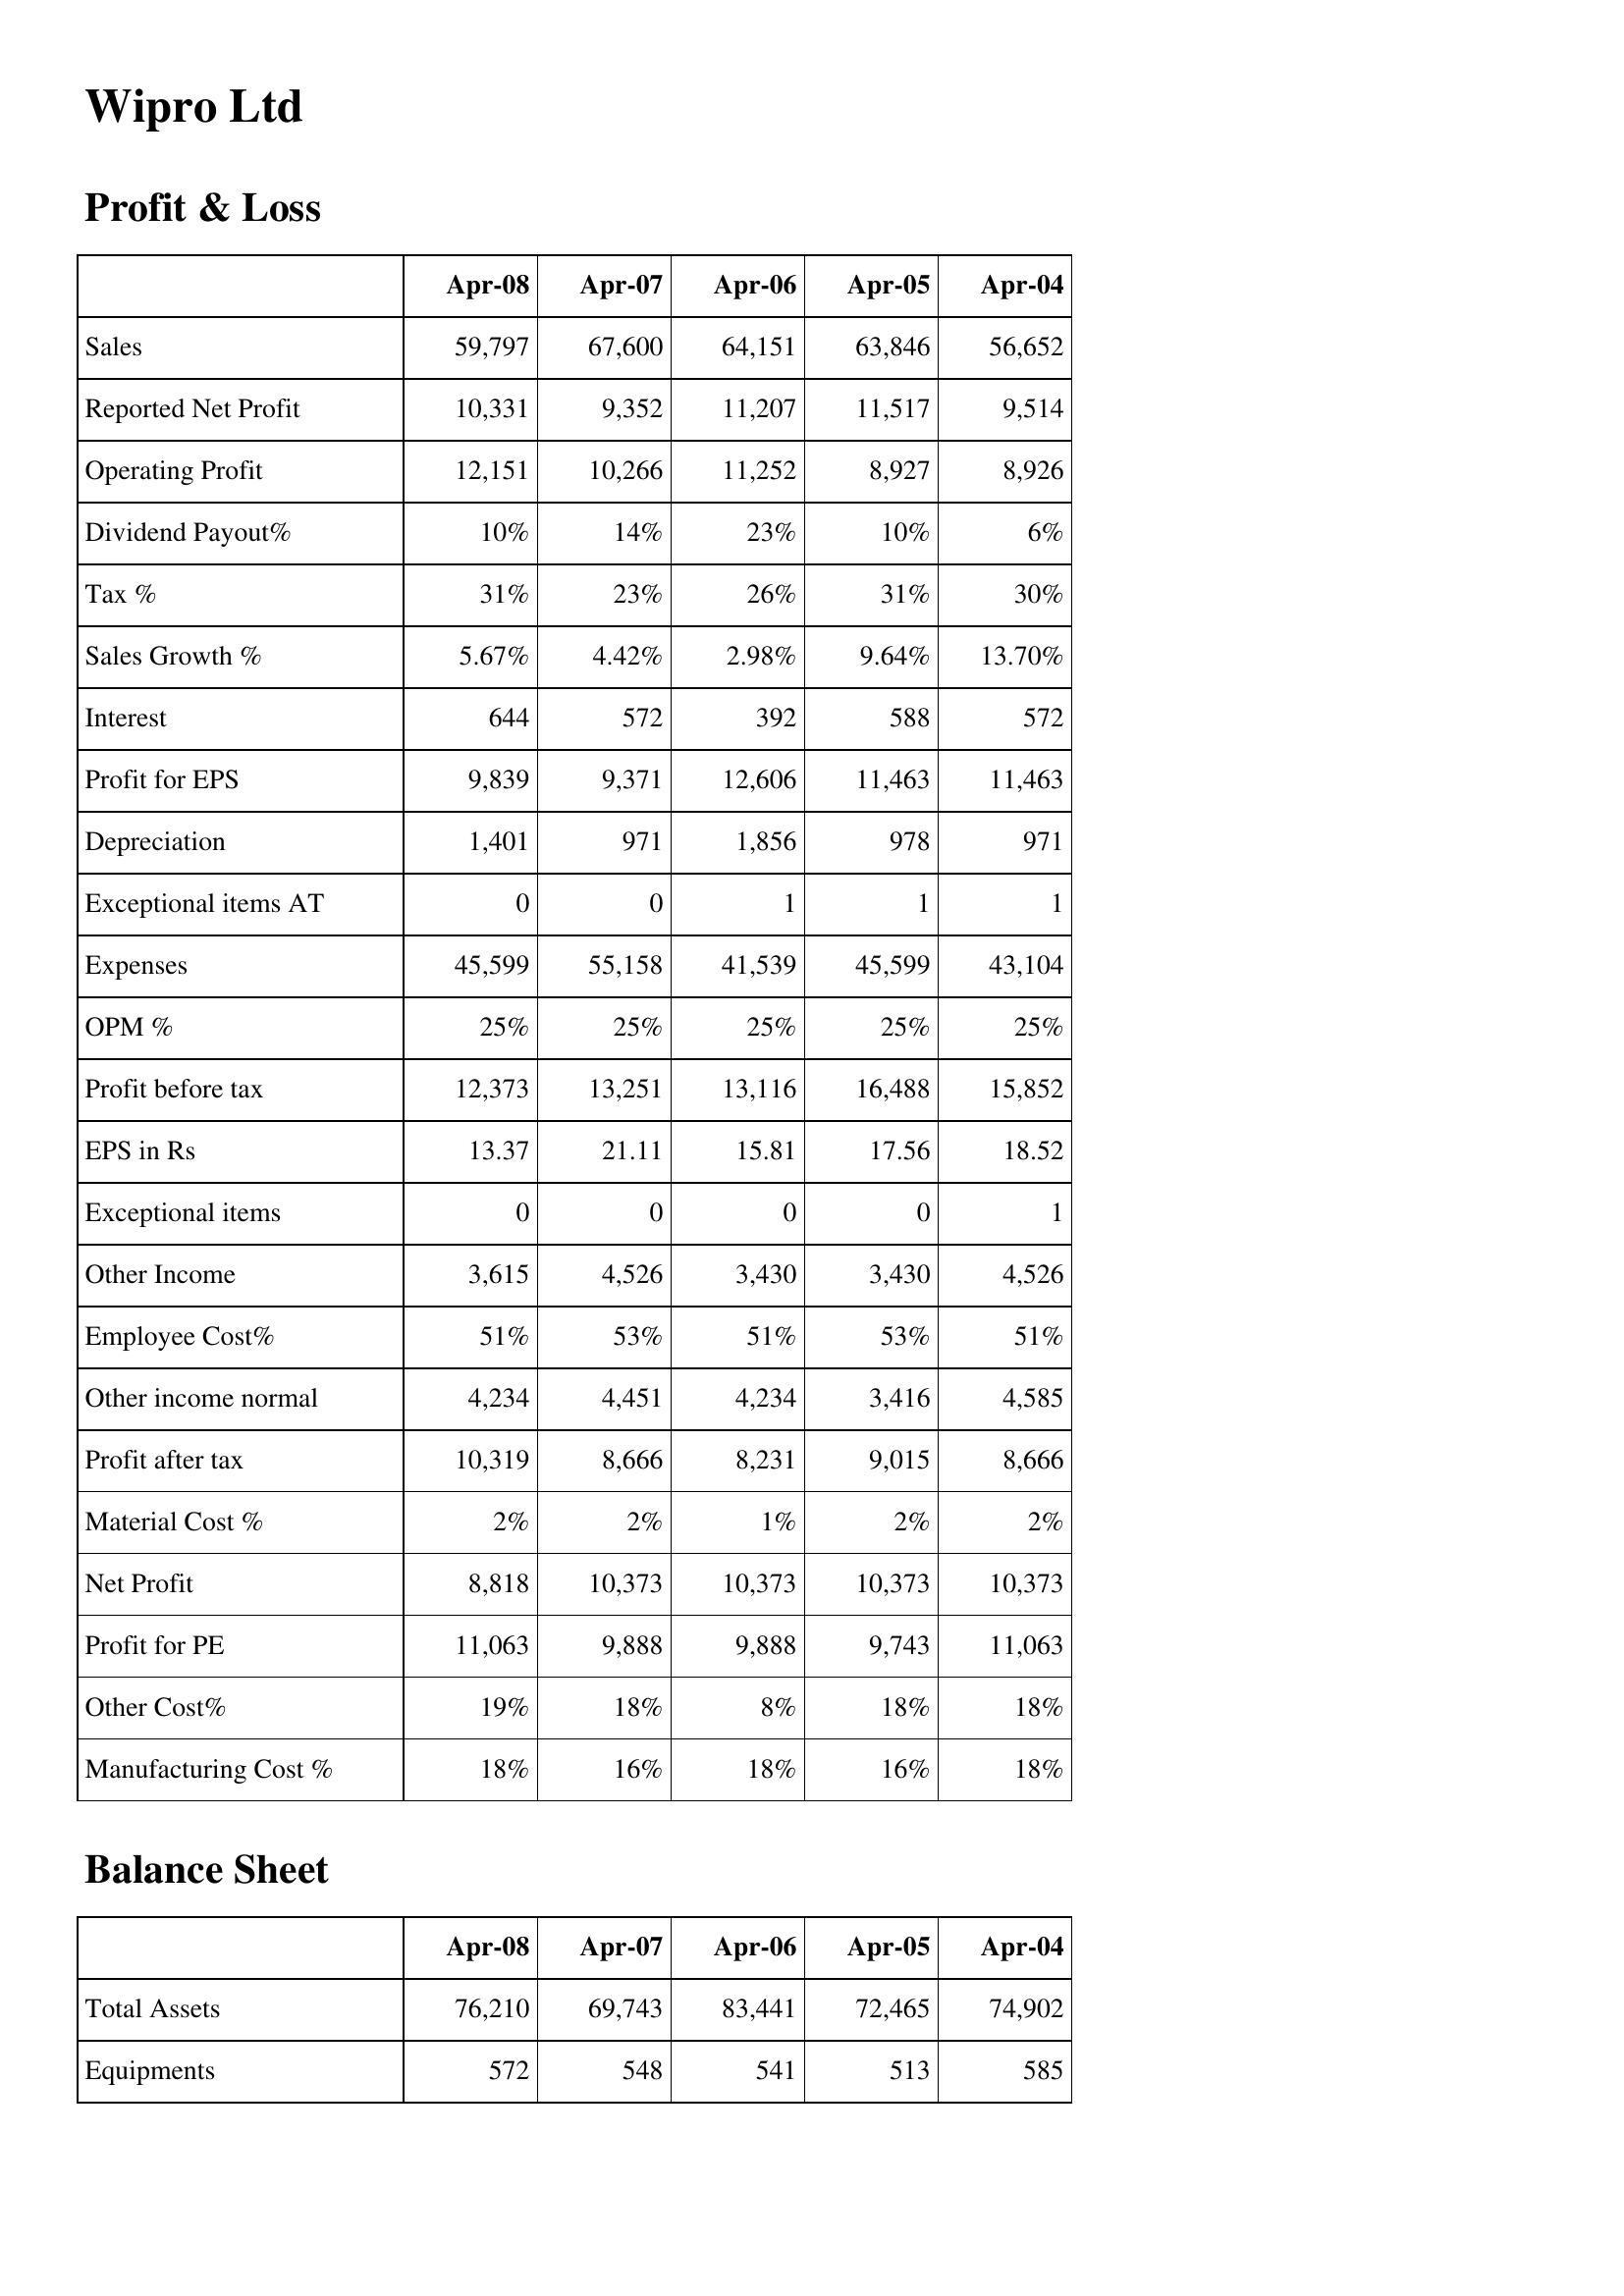
Apr-08: Profit & Loss: Sales: 59,797
Reported Net Profit: 10,331
Operating Profit: 12,151
Dividend Payout%: 10%
Tax %: 31%
Sales Growth %: 5.67%
Interest: 644
Profit for EPS: 9,839
Depreciation: 1,401
Exceptional items AT: 0
Expenses: 45,599
OPM %: 25%
Profit before tax: 12,373
EPS in Rs: 13.37
Exceptional items: 0
Other Income: 3,615
Employee Cost%: 51%
Other income normal: 4,234
Profit after tax: 10,319
Material Cost %: 2%
Net Profit: 8,818
Profit for PE: 11,063
Other Cost%: 19%
Manufacturing Cost %: 18%
Balance Sheet: Total Assets: 76,210
Equipments: 572
Apr-07: Profit & Loss: Sales: 67,600
Reported Net Profit: 9,352
Operating Profit: 10,266
Dividend Payout%: 14%
Tax %: 23%
Sales Growth %: 4.42%
Interest: 572
Profit for EPS: 9,371
Depreciation: 971
Exceptional items AT: 0
Expenses: 55,158
OPM %: 25%
Profit before tax: 13,251
EPS in Rs: 21.11
Exceptional items: 0
Other Income: 4,526
Employee Cost%: 53%
Other income normal: 4,451
Profit after tax: 8,666
Material Cost %: 2%
Net Profit: 10,373
Profit for PE: 9,888
Other Cost%: 18%
Manufacturing Cost %: 16%
Balance Sheet: Total Assets: 69,743
Equipments: 548
Apr-06: Profit & Loss: Sales: 64,151
Reported Net Profit: 11,207
Operating Profit: 11,252
Dividend Payout%: 23%
Tax %: 26%
Sales Growth %: 2.98%
Interest: 392
Profit for EPS: 12,606
Depreciation: 1,856
Exceptional items AT: 1
Expenses: 41,539
OPM %: 25%
Profit before tax: 13,116
EPS in Rs: 15.81
Exceptional items: 0
Other Income: 3,430
Employee Cost%: 51%
Other income normal: 4,234
Profit after tax: 8,231
Material Cost %: 1%
Net Profit: 10,373
Profit for PE: 9,888
Other Cost%: 8%
Manufacturing Cost %: 18%
Balance Sheet: Total Assets: 83,441
Equipments: 541
Apr-05: Profit & Loss: Sales: 63,846
Reported Net Profit: 11,517
Operating Profit: 8,927
Dividend Payout%: 10%
Tax %: 31%
Sales Growth %: 9.64%
Interest: 588
Profit for EPS: 11,463
Depreciation: 978
Exceptional items AT: 1
Expenses: 45,599
OPM %: 25%
Profit before tax: 16,488
EPS in Rs: 17.56
Exceptional items: 0
Other Income: 3,430
Employee Cost%: 53%
Other income normal: 3,416
Profit after tax: 9,015
Material Cost %: 2%
Net Profit: 10,373
Profit for PE: 9,743
Other Cost%: 18%
Manufacturing Cost %: 16%
Balance Sheet: Total Assets: 72,465
Equipments: 513
Apr-04: Profit & Loss: Sales: 56,652
Reported Net Profit: 9,514
Operating Profit: 8,926
Dividend Payout%: 6%
Tax %: 30%
Sales Growth %: 13.70%
Interest: 572
Profit for EPS: 11,463
Depreciation: 971
Exceptional items AT: 1
Expenses: 43,104
OPM %: 25%
Profit before tax: 15,852
EPS in Rs: 18.52
Exceptional items: 1
Other Income: 4,526
Employee Cost%: 51%
Other income normal: 4,585
Profit after tax: 8,666
Material Cost %: 2%
Net Profit: 10,373
Profit for PE: 11,063
Other Cost%: 18%
Manufacturing Cost %: 18%
Balance Sheet: Total Assets: 74,902
Equipments: 585